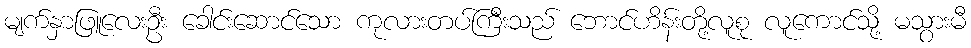
မျက်နှာဖြူလေးဦး ခေါင်းဆောင်သော ကုလားတပ်ကြီးသည် ဘောင်ဟိန်းတို့လူစု လူကောင်သို့ မသွားမီ